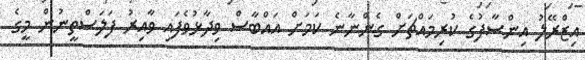
އިޒްރޭލު އިންސާފުގެ ކުރިމައްޗަށް ގެންނާނެ ކަމަށް އައްބާސް ވިދާޅުވެފައި ވާއިރު ފަލަސްތީނުން މީގެ